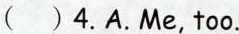
( )4.A.Me,too.